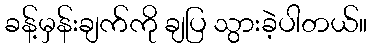
ခန့်မှန်းချက်ကို ချပြ သွားခဲ့ပါတယ်။